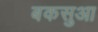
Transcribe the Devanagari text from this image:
बकसुआ